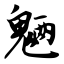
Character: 魉